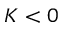
K < 0